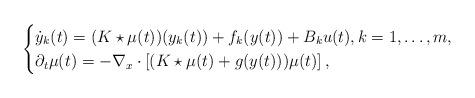
LaTeX: \begin{align*} \begin{cases}\dot{y}_k(t) = (K \star \mu(t))(y_k(t)) + f_k(y(t))+B_k u(t), k = 1, \ldots, m, \\\partial_t \mu(t) =- \nabla_x \cdot \left[(K \star \mu(t) + g(y(t)))\mu(t) \right],\end{cases}\end{align*}